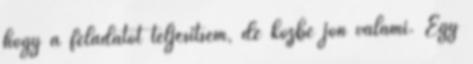
hogy a feladatot teljesítsem, de közbe jön valami. Egy